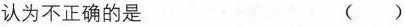
认为不正确的是 ( )